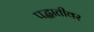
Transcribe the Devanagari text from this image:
पद्धातीवर